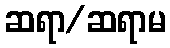
ဆရာ/ဆရာမ